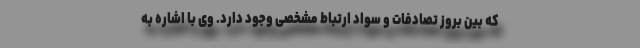
که بین بروز تصادفات و سواد ارتباط مشخصی وجود دارد. وی با اشاره به